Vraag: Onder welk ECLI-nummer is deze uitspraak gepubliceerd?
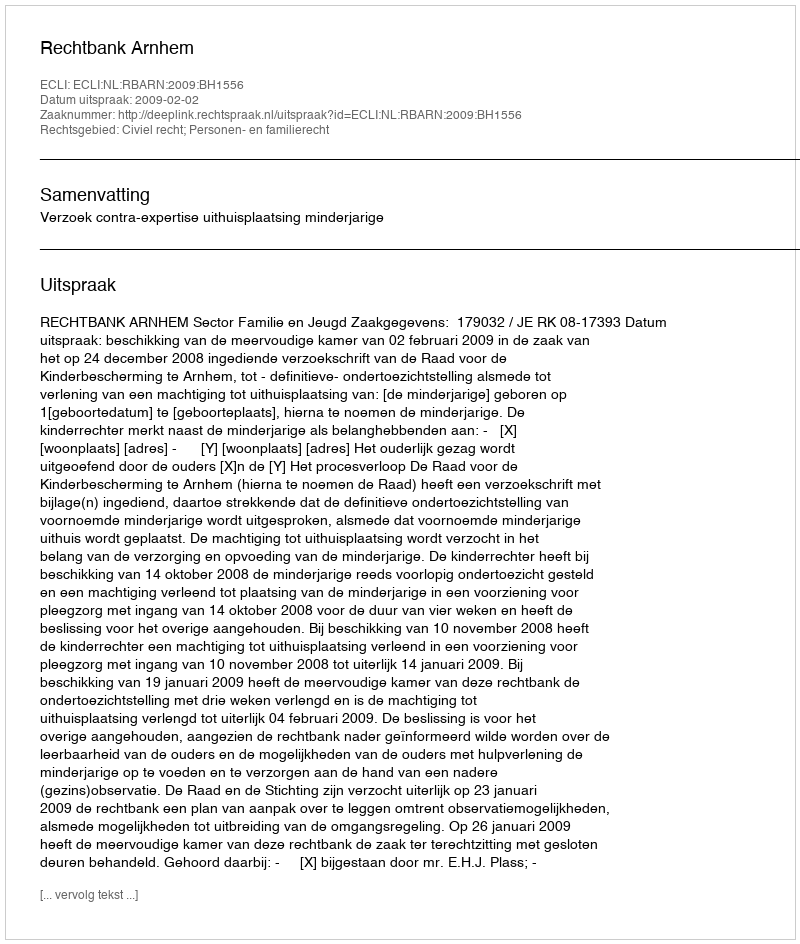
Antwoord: ECLI:NL:RBARN:2009:BH1556